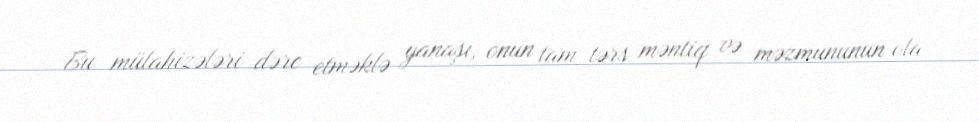
Bu mülahizələri dərc etməklə yanaşı, onun tam tərs məntiq və məzmununun ola